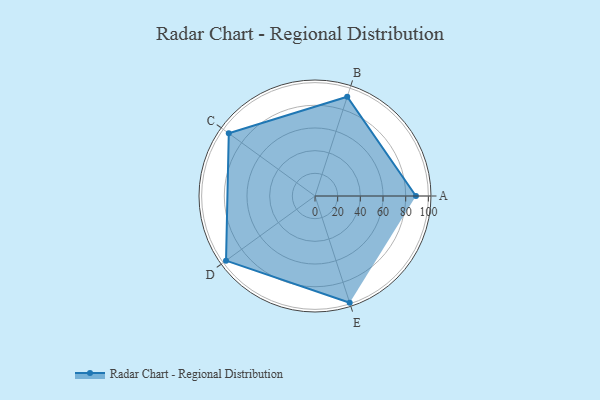
{"axis": {"x": "Skill", "y": "Score"}, "legend": ["Profile"], "data": [{"x": "A", "y": 89.0, "type": "Profile"}, {"x": "B", "y": 92.0, "type": "Profile"}, {"x": "C", "y": 94.0, "type": "Profile"}, {"x": "D", "y": 97.0, "type": "Profile"}, {"x": "E", "y": 99, "type": "Profile"}]}